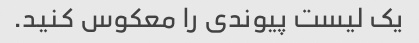
یک لیست پیوندی را معکوس کنید.